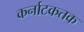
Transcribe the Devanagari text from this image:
कर्नाटकतक